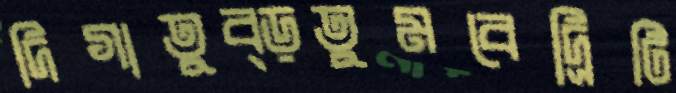
দিগাতুব্‌ড়তুমবেদ্রিটি